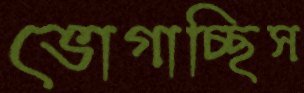
ভোগাচ্ছিস